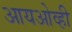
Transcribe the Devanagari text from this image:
आयओव्ही